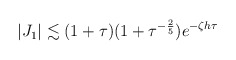
\begin{align*} \begin{aligned} \vert J_1 \vert \lesssim (1+\tau)(1+\tau^{-\frac{2}{5}})e^{-\zeta h\tau} \end{aligned} \end{align*}